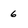
Character: 6